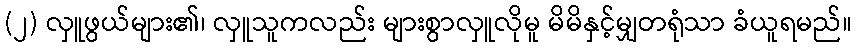
(၂) လှူဖွယ်များ၏၊ လှူသူကလည်း များစွာလှူလိုမူ မိမိနှင့်မျှတရုံသာ ခံယူရမည်။